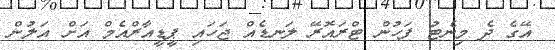
އޭގެ ދެ މިނެޓު ފަހުން ޓްރައޮރޭ ލަނޑެއް ޖަހައި ޕީޑީއާރްއެމް އަށް އަލުން